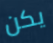
يكن